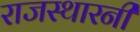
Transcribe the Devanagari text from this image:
राजस्थारनी